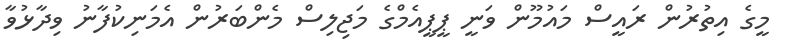
މީގެ އިތުރުން ރައީސް މައުމޫން ވަނީ ޕީޕީއެމްގެ މަޖިލިސް މެންބަރުން އެމަނިކުފާނު ވިދާޅުވާ